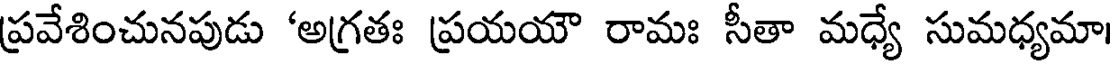
ప్రవేశించునపుడు 'అగ్రతః ప్రయయౌ రామః సీతా మధ్యే సుమధ్యమా